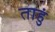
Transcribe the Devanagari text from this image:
ताहुं